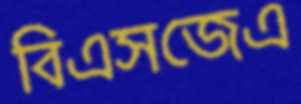
বিএসজেএ